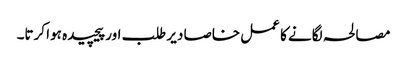
مصالحہ لگانے کا عمل خاصا دیر طلب اور پیچیدہ ہوا کرتا۔